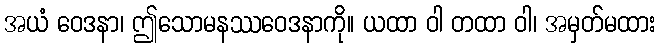
အယံ ဝေဒနာ၊ ဤသောမနဿဝေဒနာကို။ ယထာ ဝါ တထာ ဝါ၊ အမှတ်မထား